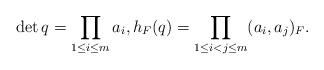
LaTeX: \begin{align*} \det q = \prod_{1 \le i \le m} a_i, h_F(q) = \prod_{1 \le i<j \le m} (a_i, a_j)_F.\end{align*}